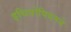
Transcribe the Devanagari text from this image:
इथियोपियनने